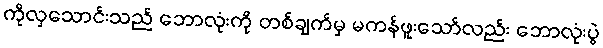
ကိုလှသောင်းသည် ဘောလုံးကို တစ်ချက်မှ မကန်ဖူးသော်လည်း ဘောလုံးပွဲ